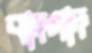
বাদগাদ